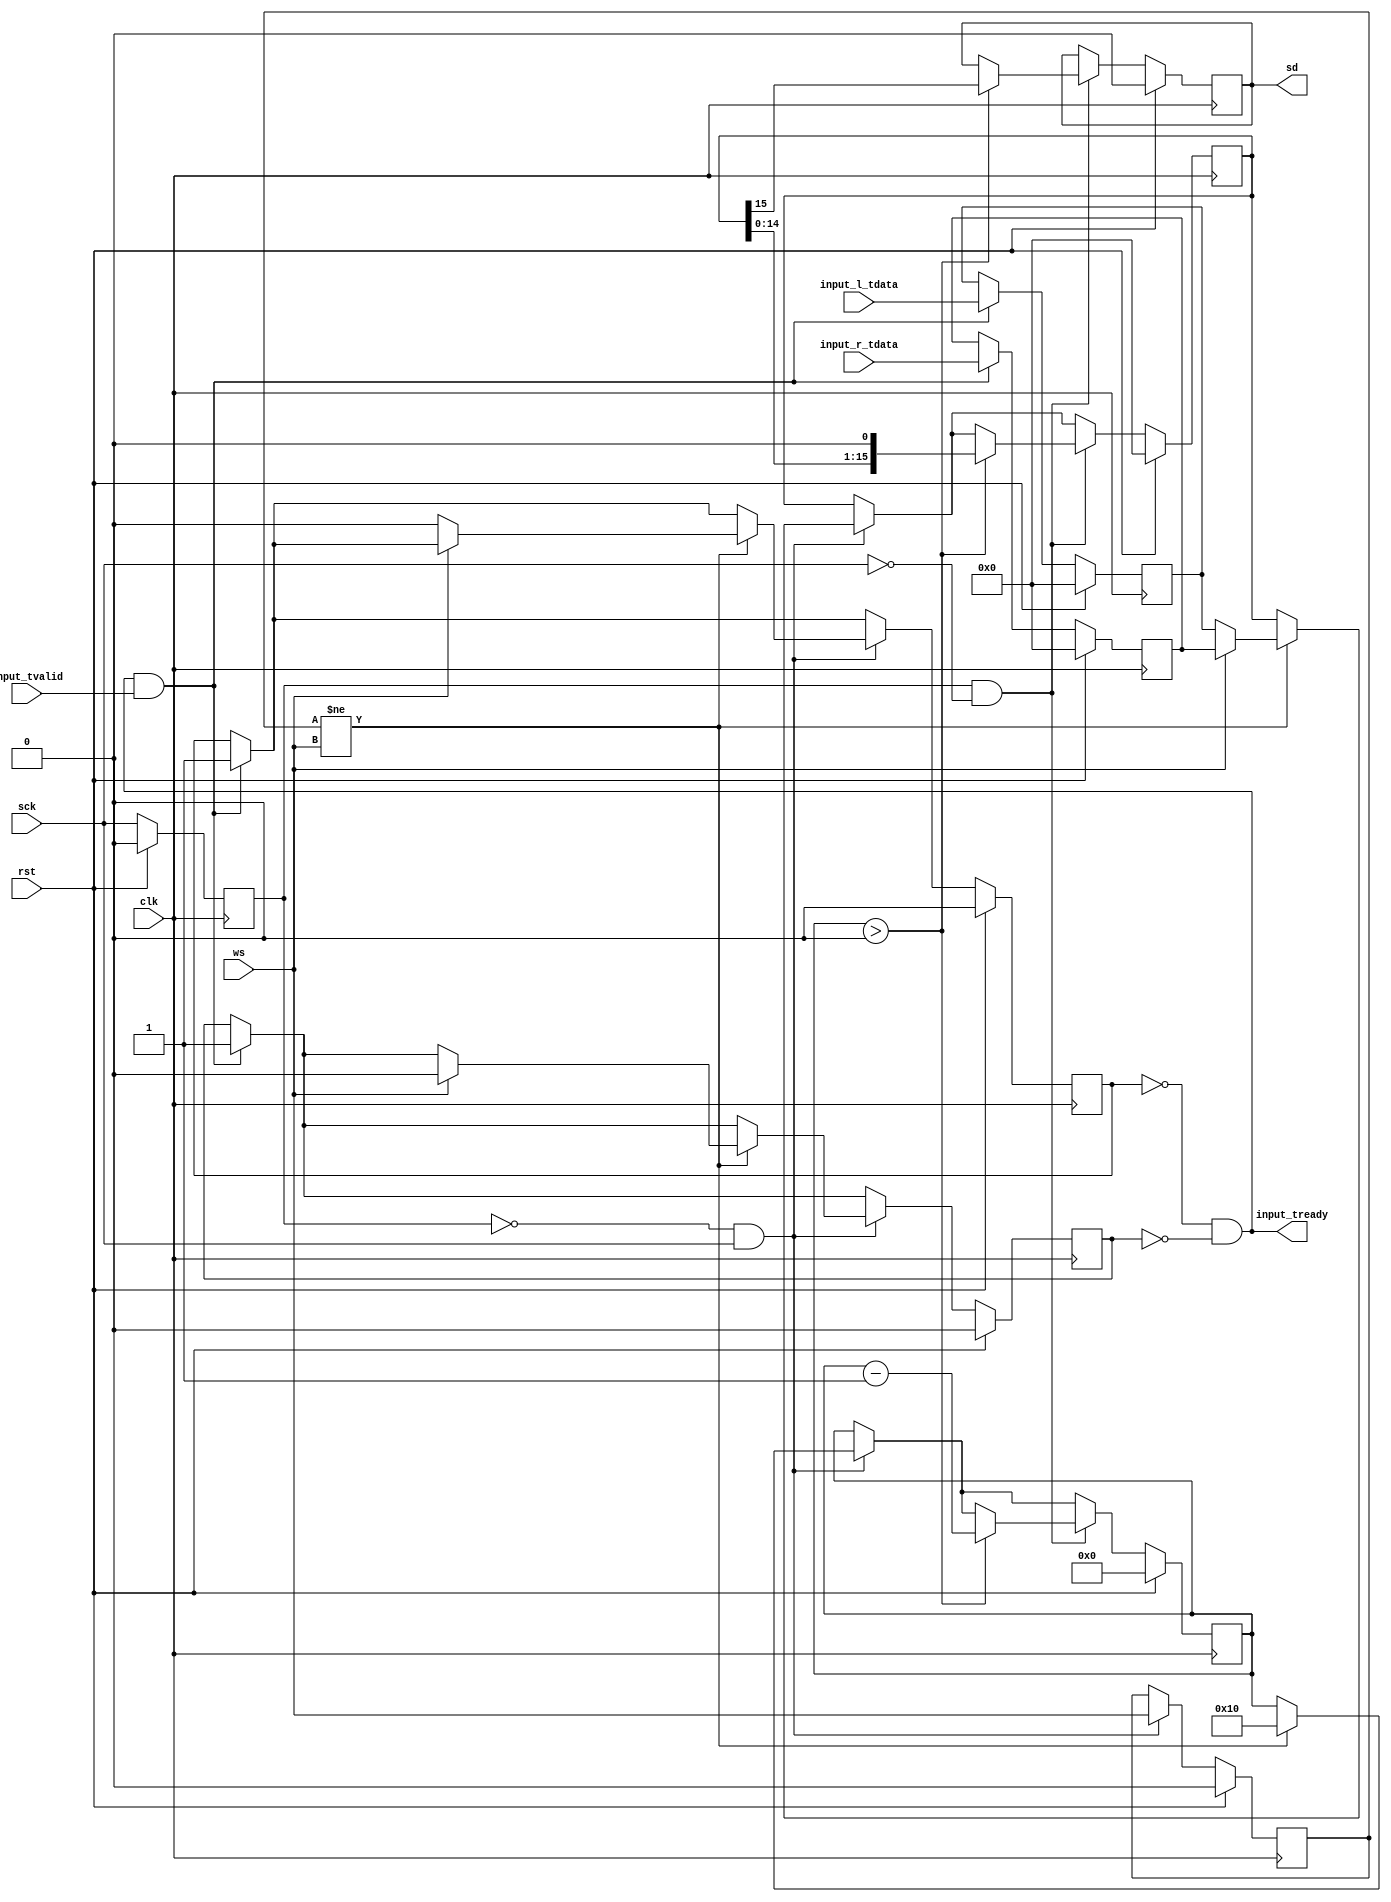
module i2s_tx #
(
    parameter WIDTH = 16
)
(
    input  wire              clk,
    input  wire              rst,

    /*
     * AXI stream input
     */
    input  wire [WIDTH-1:0]  input_l_tdata,
    input  wire [WIDTH-1:0]  input_r_tdata,
    input  wire              input_tvalid,
    output wire              input_tready,

    /*
     * I2S interface
     */
    input  wire              sck,
    input  wire              ws,
    output wire              sd
);

reg [WIDTH-1:0] l_data_reg = 0;
reg [WIDTH-1:0] r_data_reg = 0;

reg l_data_valid_reg = 0;
reg r_data_valid_reg = 0;

reg [WIDTH-1:0] sreg = 0;

reg [$clog2(WIDTH+1)-1:0] bit_cnt = 0;

reg last_sck = 0;
reg last_ws = 0;
reg sd_reg = 0;

assign input_tready = ~l_data_valid_reg & ~r_data_valid_reg;

assign sd = sd_reg;

always @(posedge clk) begin
    if (rst) begin
        l_data_reg <= 0;
        r_data_reg <= 0;
        l_data_valid_reg <= 0;
        r_data_valid_reg <= 0;
        sreg <= 0;
        bit_cnt <= 0;
        last_sck <= 0;
        last_ws <= 0;
        sd_reg <= 0;
    end else begin
        if (input_tready & input_tvalid) begin
            l_data_reg <= input_l_tdata;
            r_data_reg <= input_r_tdata;
            l_data_valid_reg <= 1;
            r_data_valid_reg <= 1;
        end

        last_sck <= sck;

        if (~last_sck & sck) begin
            // rising edge sck
            last_ws <= ws;

            if (last_ws != ws) begin
                bit_cnt <= WIDTH;
                if (ws) begin
                    sreg <= r_data_reg;
                    r_data_valid_reg <= 0;
                end else begin
                    sreg <= l_data_reg;
                    l_data_valid_reg <= 0;
                end
            end
        end

        if (last_sck & ~sck) begin
            // falling edge sck
            if (bit_cnt > 0) begin
                bit_cnt <= bit_cnt - 1;
                {sd_reg, sreg} <= {sreg[WIDTH-1:0], 1'b0};
            end
        end
    end
end

endmodule